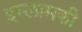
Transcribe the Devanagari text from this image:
इस्लामकी